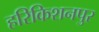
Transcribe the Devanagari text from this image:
हरिकिशनपुर